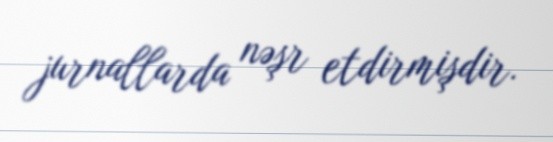
jurnallarda nəşr etdirmişdir.